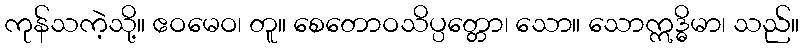
ကုန်သကဲ့သို့။ ဧဝမေဝ၊ တူ။ စေတောဝသိပ္ပတ္တော၊ သော။ သောဣဒ္ဓိမာ၊ သည်။